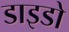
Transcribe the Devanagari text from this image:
डाइडो